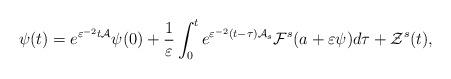
LaTeX: \begin{align*}\psi (t)=e^{\varepsilon ^{-2}t\mathcal{A}}\psi (0)+\frac{1}{\varepsilon }\int_{0}^{t}e^{\varepsilon ^{-2}(t-\tau )\mathcal{A}_{s}}\mathcal{F}^{s}(a+\varepsilon \psi )d\tau +\mathcal{Z}^{s}(t), \end{align*}